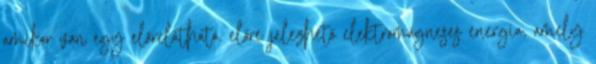
amikor van egy előrelátható, előre jelezhető elektromágneses energia, amely